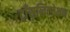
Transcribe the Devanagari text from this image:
ट्राँसलिटरेशन